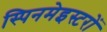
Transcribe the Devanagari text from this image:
स्पिनमेइस्टरों